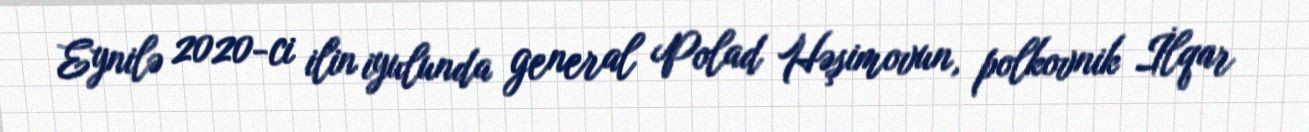
Eynilə 2020-ci ilin iyulunda general Polad Həşimovun, polkovnik İlqar